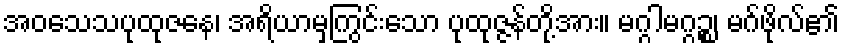
အဝသေသပုထုဇနေ၊ အရိယာမှကြွင်းသော ပုထုဇ္ဇန်တို့အား။ မဂ္ဂါမဂ္ဂဉ္စ၊ မဂ်ဖိုလ်၏